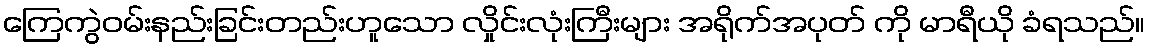
ကြေကွဲဝမ်းနည်းခြင်းတည်းဟူသော လှိုင်းလုံးကြီးများ အရိုက်အပုတ် ကို မာရီယို ခံရသည်။